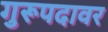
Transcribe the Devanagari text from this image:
गुरूपदावर